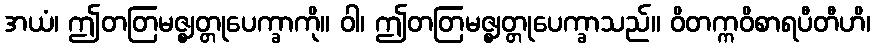
အယံ၊ ဤတတြမဇ္ဈတ္တုပေက္ခာကို။ ဝါ၊ ဤတတြမဇ္ဈတ္တုပေက္ခာသည်။ ဝိတက္ကဝိစာရပီတီဟိ၊